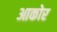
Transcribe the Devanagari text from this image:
आकोर